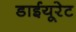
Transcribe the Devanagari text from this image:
डाईयूरेट